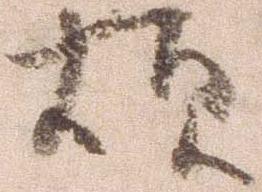
煩